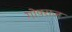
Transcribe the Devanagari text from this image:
गोपराज